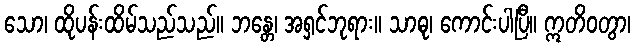
သော၊ ထိုပန်းထိမ်သည်သည်။ ဘန္တေ၊ အရှင်ဘုရား။ သာဓု၊ ကောင်းပါပြီ။ ဣတိဝတွာ၊